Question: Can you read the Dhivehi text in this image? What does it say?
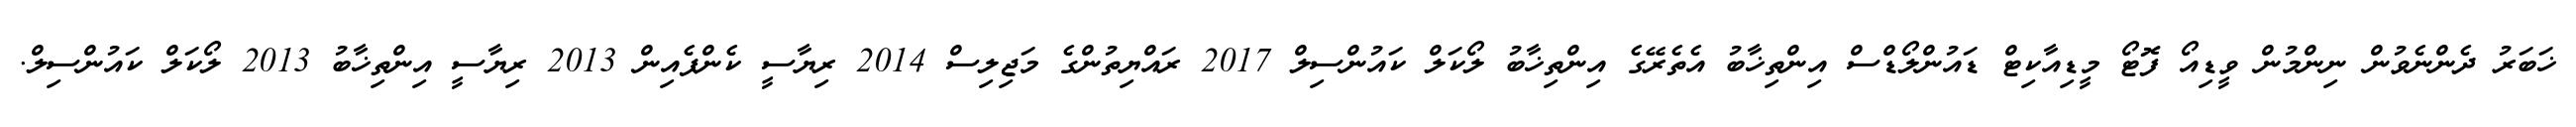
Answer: ޚަބަރު ދެންނެވުން ނިންމުން ވީޑިއޯ ފޮޓޯ މީޑިއާކިޓް ޑައުންލޯޑްސް އިންތިޚާބު އެތެރޭގެ އިންތިޚާބު ލޯކަލް ކައުންސިލް 2017 ރައްޔިތުންގެ މަޖިލިސް 2014 ރިޔާސީ ކެންޕެއިން 2013 ރިޔާސީ އިންތިޚާބު 2013 ލޯކަލް ކައުންސިލް.